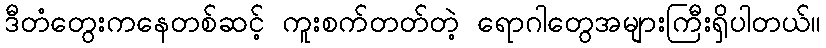
ဒီတံတွေးကနေတစ်ဆင့် ကူးစက်တတ်တဲ့ ရောဂါတွေအများကြီးရှိပါတယ်။